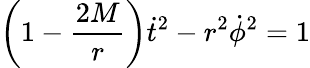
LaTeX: \left(1-{\frac{2M}{r}}\right){\dot{t}}^{2}-r^{2}{\dot{\phi}}^{2}=1